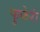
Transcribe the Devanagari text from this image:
फुफेरी